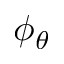
\phi _ { \theta }